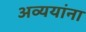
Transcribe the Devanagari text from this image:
अव्ययांना